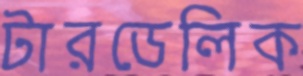
টারডেলিক